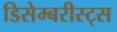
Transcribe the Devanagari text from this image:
डिसेम्बरीस्ट्स